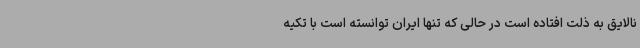
نالایق به ذلت افتاده است در حالی که تنها ایران توانسته است با تکیه